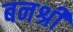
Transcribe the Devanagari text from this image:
बनश्री